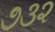
૭૩૨